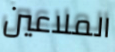
الملاعين